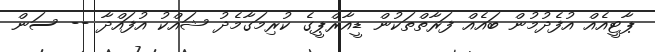
ޕާޓީއެއް އުފެދުމުން ބައެއް ފަރާތްތަކުން ޑީއާރްޕީގެ ކުރިމަގާމެދު ޝައްކު އުފައްދާ -- ސަން